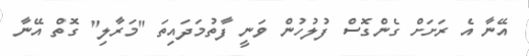
އޭނާ އެ ރަށަށް ގެންގޮސް ފުލުހުން ވަނީ ފާތުމަދައިތަ "މަރާލި" ގޮތް އޭނާ